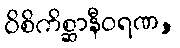
ဝိစိကိစ္ဆာနီဝရဏ,